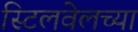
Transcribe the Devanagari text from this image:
स्टिलवेलच्या